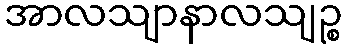
အာလသျာနာလသျဉ္စ